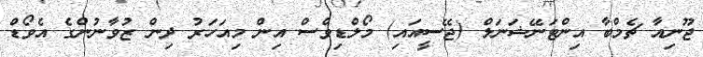
ޖޫނިއާ ޗެމްބާ އިންޓަނޭޝަނަލް (ޖޭސީއައި) މޯލްޑިވްސް އިން މިއަހަރު ދިން ޒުވާނުންގެ އެވޯޑް